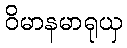
ဝိမာနမာရုယှ